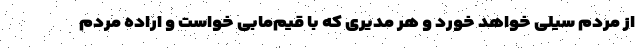
از مردم سیلی خواهد خورد و هر مدیری که با قیم‌مابی خواست و اراده مردم